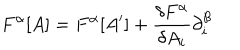
F ^ { \alpha } [ A ] = F ^ { \alpha } [ A ^ { \prime } ] + \frac { \delta F ^ { \alpha } } { \delta A _ { i } } \partial _ { i } ^ { \beta }